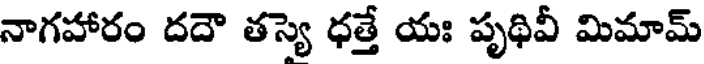
నాగహారం దదౌ తస్యె ధత్తే యః పృథివీ మిమామ్